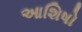
આશિષો